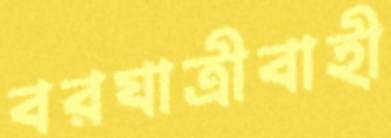
বরযাত্রীবাহী